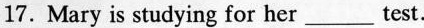
17. Mary is studying for her ____ test.